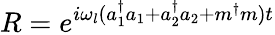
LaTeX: R=e^{i\omega_{l}(a_{1}^{\dagger}a_{1}+a_{2}^{\dagger}a_{2}+m^{\dagger}m)t}